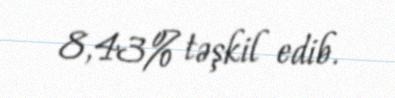
8,43% təşkil edib.